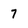
Character: 7